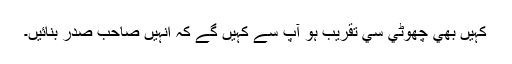
کہيں بھي چھوٹي سي تقريب ہو آپ سے کہيں گے کہ انہيں صاحبِ صدر بنائيں۔